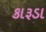
કારૂડા